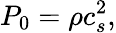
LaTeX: P_{0}=\rho c_{s}^{2},